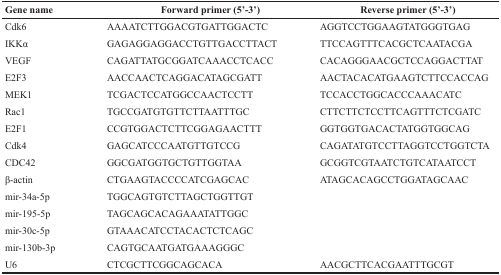
<table><thead><tr><td><b>Gene name</b></td><td><b>Forward primer (5′-3′)</b></td><td><b>Reverse primer (5′-3′)</b></td></tr></thead><tbody><tr><td>Cdk6</td><td>AAAATCTTGGACGTGATTGGACTC</td><td>AGGTCCTGGAAGTATGGGTGAG</td></tr><tr><td>IKKα</td><td>GAGAGGAGGACCTGTTGACCTTACT</td><td>TTCCAGTTTCACGCTCAATACGA</td></tr><tr><td>VEGF</td><td>CAGATTATGCGGATCAAACCTCACC</td><td>CACAGGGAACGCTCCAGGACTTAT</td></tr><tr><td>E2F3</td><td>AACCAACTCAGGACATAGCGATT</td><td>AACTACACATGAAGTCTTCCACCAG</td></tr><tr><td>MEK1</td><td>TCGACTCCATGGCCAACTCCTT</td><td>TCCACCTGGCACCCAAACATC</td></tr><tr><td>Rac1</td><td>TGCCGATGTGTTCTTAATTTGC</td><td>CTTCTTCTCCTTCAGTTTCTCGATC</td></tr><tr><td>E2F1</td><td>CCGTGGACTCTTCGGAGAACTTT</td><td>GGTGGTGACACTATGGTGGCAG</td></tr><tr><td>Cdk4</td><td>GAGCATCCCAATGTTGTCCG</td><td>CAGATATGTCCTTAGGTCCTGGTCTA</td></tr><tr><td>CDC42</td><td>GGCGATGGTGCTGTTGGTAA</td><td>GCGGTCGTAATCTGTCATAATCCT</td></tr><tr><td>β-actin</td><td>CTGAAGTACCCCATCGAGCAC</td><td>ATAGCACAGCCTGGATAGCAAC</td></tr><tr><td>mir-34a-5p</td><td>TGGCAGTGTCTTAGCTGGTTGT</td><td></td></tr><tr><td>mir-195-5p</td><td>TAGCAGCACAGAAATATTGGC</td><td></td></tr><tr><td>mir-30c-5p</td><td>GTAAACATCCTACACTCTCAGC</td><td></td></tr><tr><td>mir-130b-3p</td><td>CAGTGCAATGATGAAAGGGC</td><td></td></tr><tr><td>U6</td><td>CTCGCTTCGGCAGCACA</td><td>AACGCTTCACGAATTTGCGT</td></tr></tbody></table>